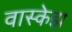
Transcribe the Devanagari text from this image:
वास्केझ